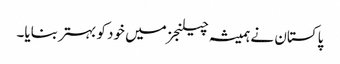
پاکستان نے ہمیشہ چیلنجز میں خود کو بہتر بنایا۔